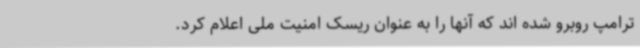
ترامپ روبرو شده اند که آنها را به عنوان ریسک امنیت ملی اعلام کرد.